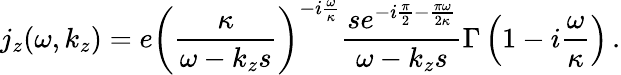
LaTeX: j_{z}(\omega,k_{z})=e\left(\frac{\kappa}{\omega-k_{z}s}\right)^{-i\frac{\omega}{\kappa}}\frac{se^{-i\frac{\pi}{2}-\frac{\pi\omega}{2\kappa}}}{\omega-k_{z}s}\Gamma\left(1-i\frac{\omega}{\kappa}\right)\, .